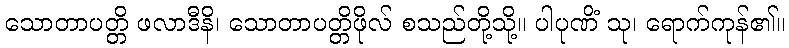
သောတာပတ္တိ ဖလာဒီနိ၊ သောတာပတ္တိဖိုလ် စသည်တို့သို့။ ပါပုဏိံ သု၊ ရောက်ကုန်၏။